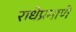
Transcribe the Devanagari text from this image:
राधेप्रमाणे